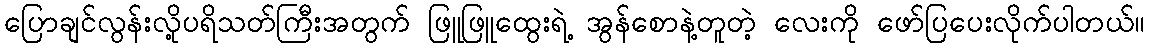
ပြောချင်လွန်းလို့ပရိသတ်ကြီးအတွက် ဖြူဖြူထွေးရဲ့ အွန်စောနဲ့တူတဲ့ လေးကို ဖော်ပြပေးလိုက်ပါတယ်။